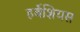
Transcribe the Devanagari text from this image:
हर्बेशियस